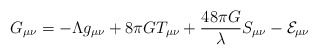
\begin{align*}G_{\mu\nu} = -\Lambda g_{\mu\nu} + 8\pi GT_{\mu\nu} + \frac{48\pi G}{\lambda}S_{\mu\nu} - {\cal E}_{\mu\nu}\end{align*}